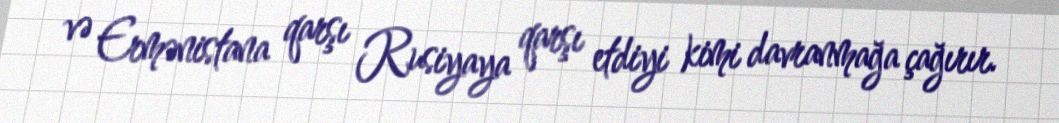
və Ermənistana qarşı Rusiyaya qarşı etdiyi kimi davranmağa çağırır.